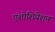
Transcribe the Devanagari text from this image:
एशोशियेशन